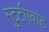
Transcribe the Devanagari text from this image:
स्टुर्टएवांट